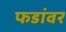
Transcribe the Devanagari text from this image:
फडांवर